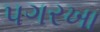
પગરખા